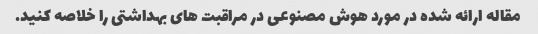
مقاله ارائه شده در مورد هوش مصنوعی در مراقبت های بهداشتی را خلاصه کنید.